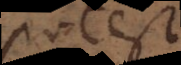
potest,